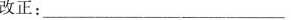
改正：__________________